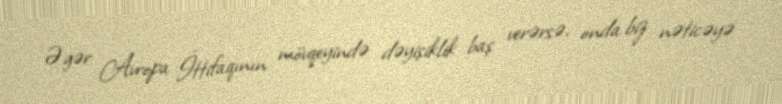
Əgər Avropa İttifaqının mövqeyində dəyişiklik baş verərsə, onda biz nəticəyə